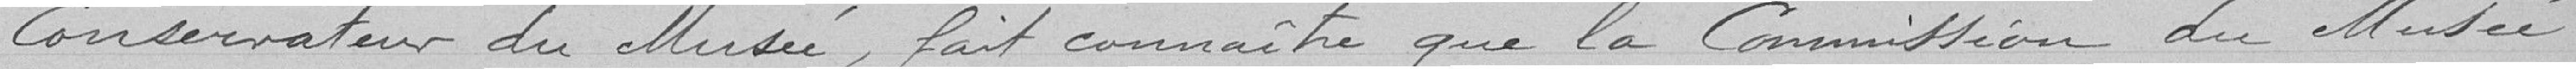
Conservation du Musée, fait connaitre que la Commission du Musée